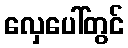
လှေပေါ်တွင်